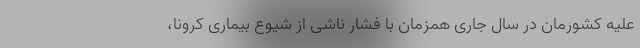
علیه کشورمان در سال جاری همزمان با فشار ناشی از شیوع بیماری کرونا،